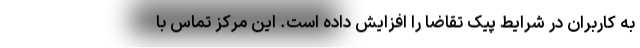
به کاربران در شرایط پیک تقاضا را افزایش داده است. این مرکز تماس با